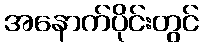
အနောက်ပိုင်းတွင်